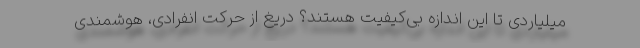
میلیاردی تا این اندازه بی‌کیفیت هستند؟ دریغ از حرکت انفرادی، هوشمندی